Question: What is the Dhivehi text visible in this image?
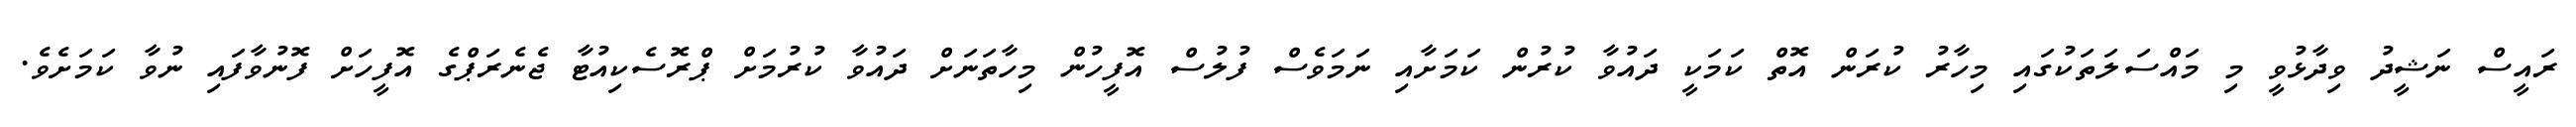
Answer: ރައީސް ނަޝީދު ވިދާޅުވީ މި މައްސަލަތަކުގައި މިހާރު ކުރަން އޮތް ކަމަކީ ދައުވާ ކުރުން ކަމަށާއި ނަމަވެސް ފުލުސް އޮފީހުން މިހާތަނަށް ދައުވާ ކުރުމަށް ޕްރޮސެކިއުޓާ ޖެނެރަޕްގެ އޮފީހަށް ފޮނުވާފައި ނުވާ ކަމަށެވެ.